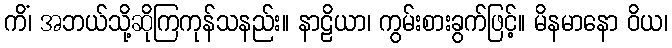
ကိံ၊ အဘယ်သို့ဆိုကြကုန်သနည်း။ နာဠိယာ၊ ကွမ်းစားခွက်ဖြင့်။ မိနမာနော ဝိယ၊